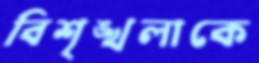
বিশৃঙ্খলাকে